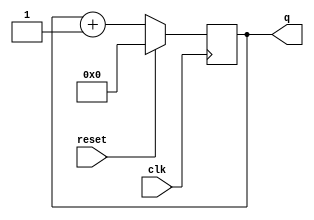
module top_module (
    input clk,
    input reset,      // Synchronous active-high reset
    output [3:0] q
);
    
    always @(posedge clk) begin
        q <= reset ? 4'h0 : q + 4'h1;
    end

endmodule